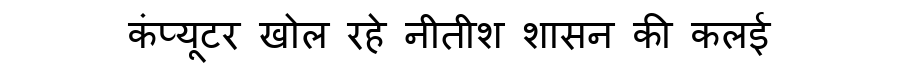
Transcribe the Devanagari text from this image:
कंप्यूटर खोल रहे नीतीश शासन की कलई